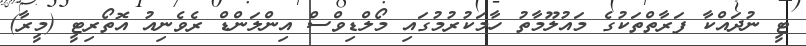
ޓީ ނުދައްކާ ފަރާތްތަކުގެ މައުލޫމާތު ހާމަކުރުމުގައި މޯލްޑިވްސް އިންލަންޑް ރެވެނިއު އޮތޯރިޓީ (މީރާ)